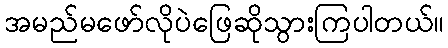
အမည်မဖော်လိုပဲဖြေဆိုသွားကြပါတယ်။